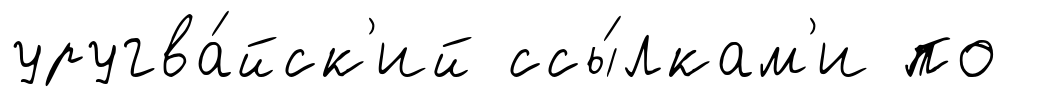
уругва́йск'ий ссы́лкам'и по